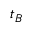
t _ { B }